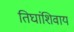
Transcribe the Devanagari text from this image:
तिघांशिवाय